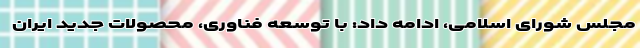
مجلس شورای اسلامی، ادامه داد: با توسعه فناوری، محصولات جدید ایران